Lunatic asylums Madras 1877-1891 - 1877-1891
Year: 1877
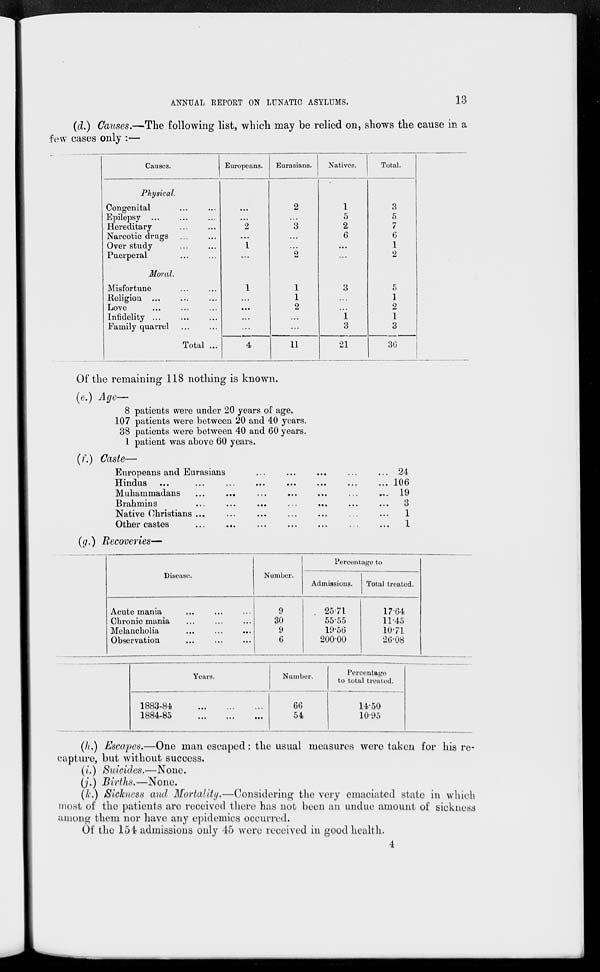
ANNUAL REPORT ON LUNATIC ASYLUMS.
13
(d.) Causes.—The following list, which may be relied on, shows the cause in a
few cases only :—
Causes.
Physical.
Congenital ... ...
Epilepsy ...
...
...
Hereditary ... ...
Narcotic drugs
...
...
Over study
...
...
Puerperal
...
...
Moral.
Misfortune ... ...
Religion ... ... ...
Love ... ...
Infidelity ... ... ...
Family quarrel
...
...
Total ...
Europeans.
...
...
2
...
1
...
1
...
...
...
...
4
Eurasians.
2
...
3
...
...
2
1
1
2
...
...
11
Natives.
1
5
2
6
...
...
3
...
...
1
3
21
Total.
3
5
7
6
1
2
5
1
2
1
3
36
Of the remaining 118 nothing is known.
(e.) Age—
8 patients were under 20 years of age.
107 patients were between 20 and 40 years.
38 patients were between 40 and 60 years.
1 patient was above 60 years.
(f.) Caste—
Europeans and Eurasians ... ... ... ... ...
Hindus ... ... ... ... ... ... ... ...
Muhammadans ... ... ... ... ... ... ...
Brahmins ... ... ... ... ... ... ...
Native Christians
...
...
...
...
...
...
...
Other castes
...
...
...
...
...
...
...
24
106
19
3
1
1
(g.) Recoveries—
Disease.
Acute mania ... ... ...
Chronic mania ... ... ...
Melancholia
...
...
...
Observation ... ... ...
Number.
9
30
9
6
Percentage to
Admissions.
25.71
55.55
19.56
200.00
Total treated.
17.64
11.45
10.71
26.08
Years.
1883-84
...
...
...
1884-85
...
...
...
Number.
66
54
Percentage
to total treated.
14.50
10.95
(h.) Escapes.—One man escaped: the usual measures were taken for his re-
capture, but without success.
(i.) Suicides.—None.
(j.) Births.—None.
(k.) Sickness and Mortality.—Considering the very emaciated state in which
most of the patients are received there has not been an undue amount of sickness
among them nor have any epidemics occurred.
Of the 154 admissions only 45 were received in good health.
4